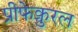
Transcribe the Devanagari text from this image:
प्रीफेक्चुरल